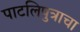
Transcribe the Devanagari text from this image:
पाटलिपुत्राचा